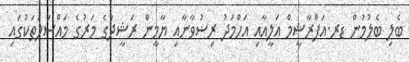
ބެލި ބެލުމުން ޑރ.އަފްރާޝީމް ޢަލީއާއި އަހްމަދު ރިޟުވާނާއި ޔާމީން ރަޝީދުގެ މަރުގެ މައްސަލަތަކުގައި